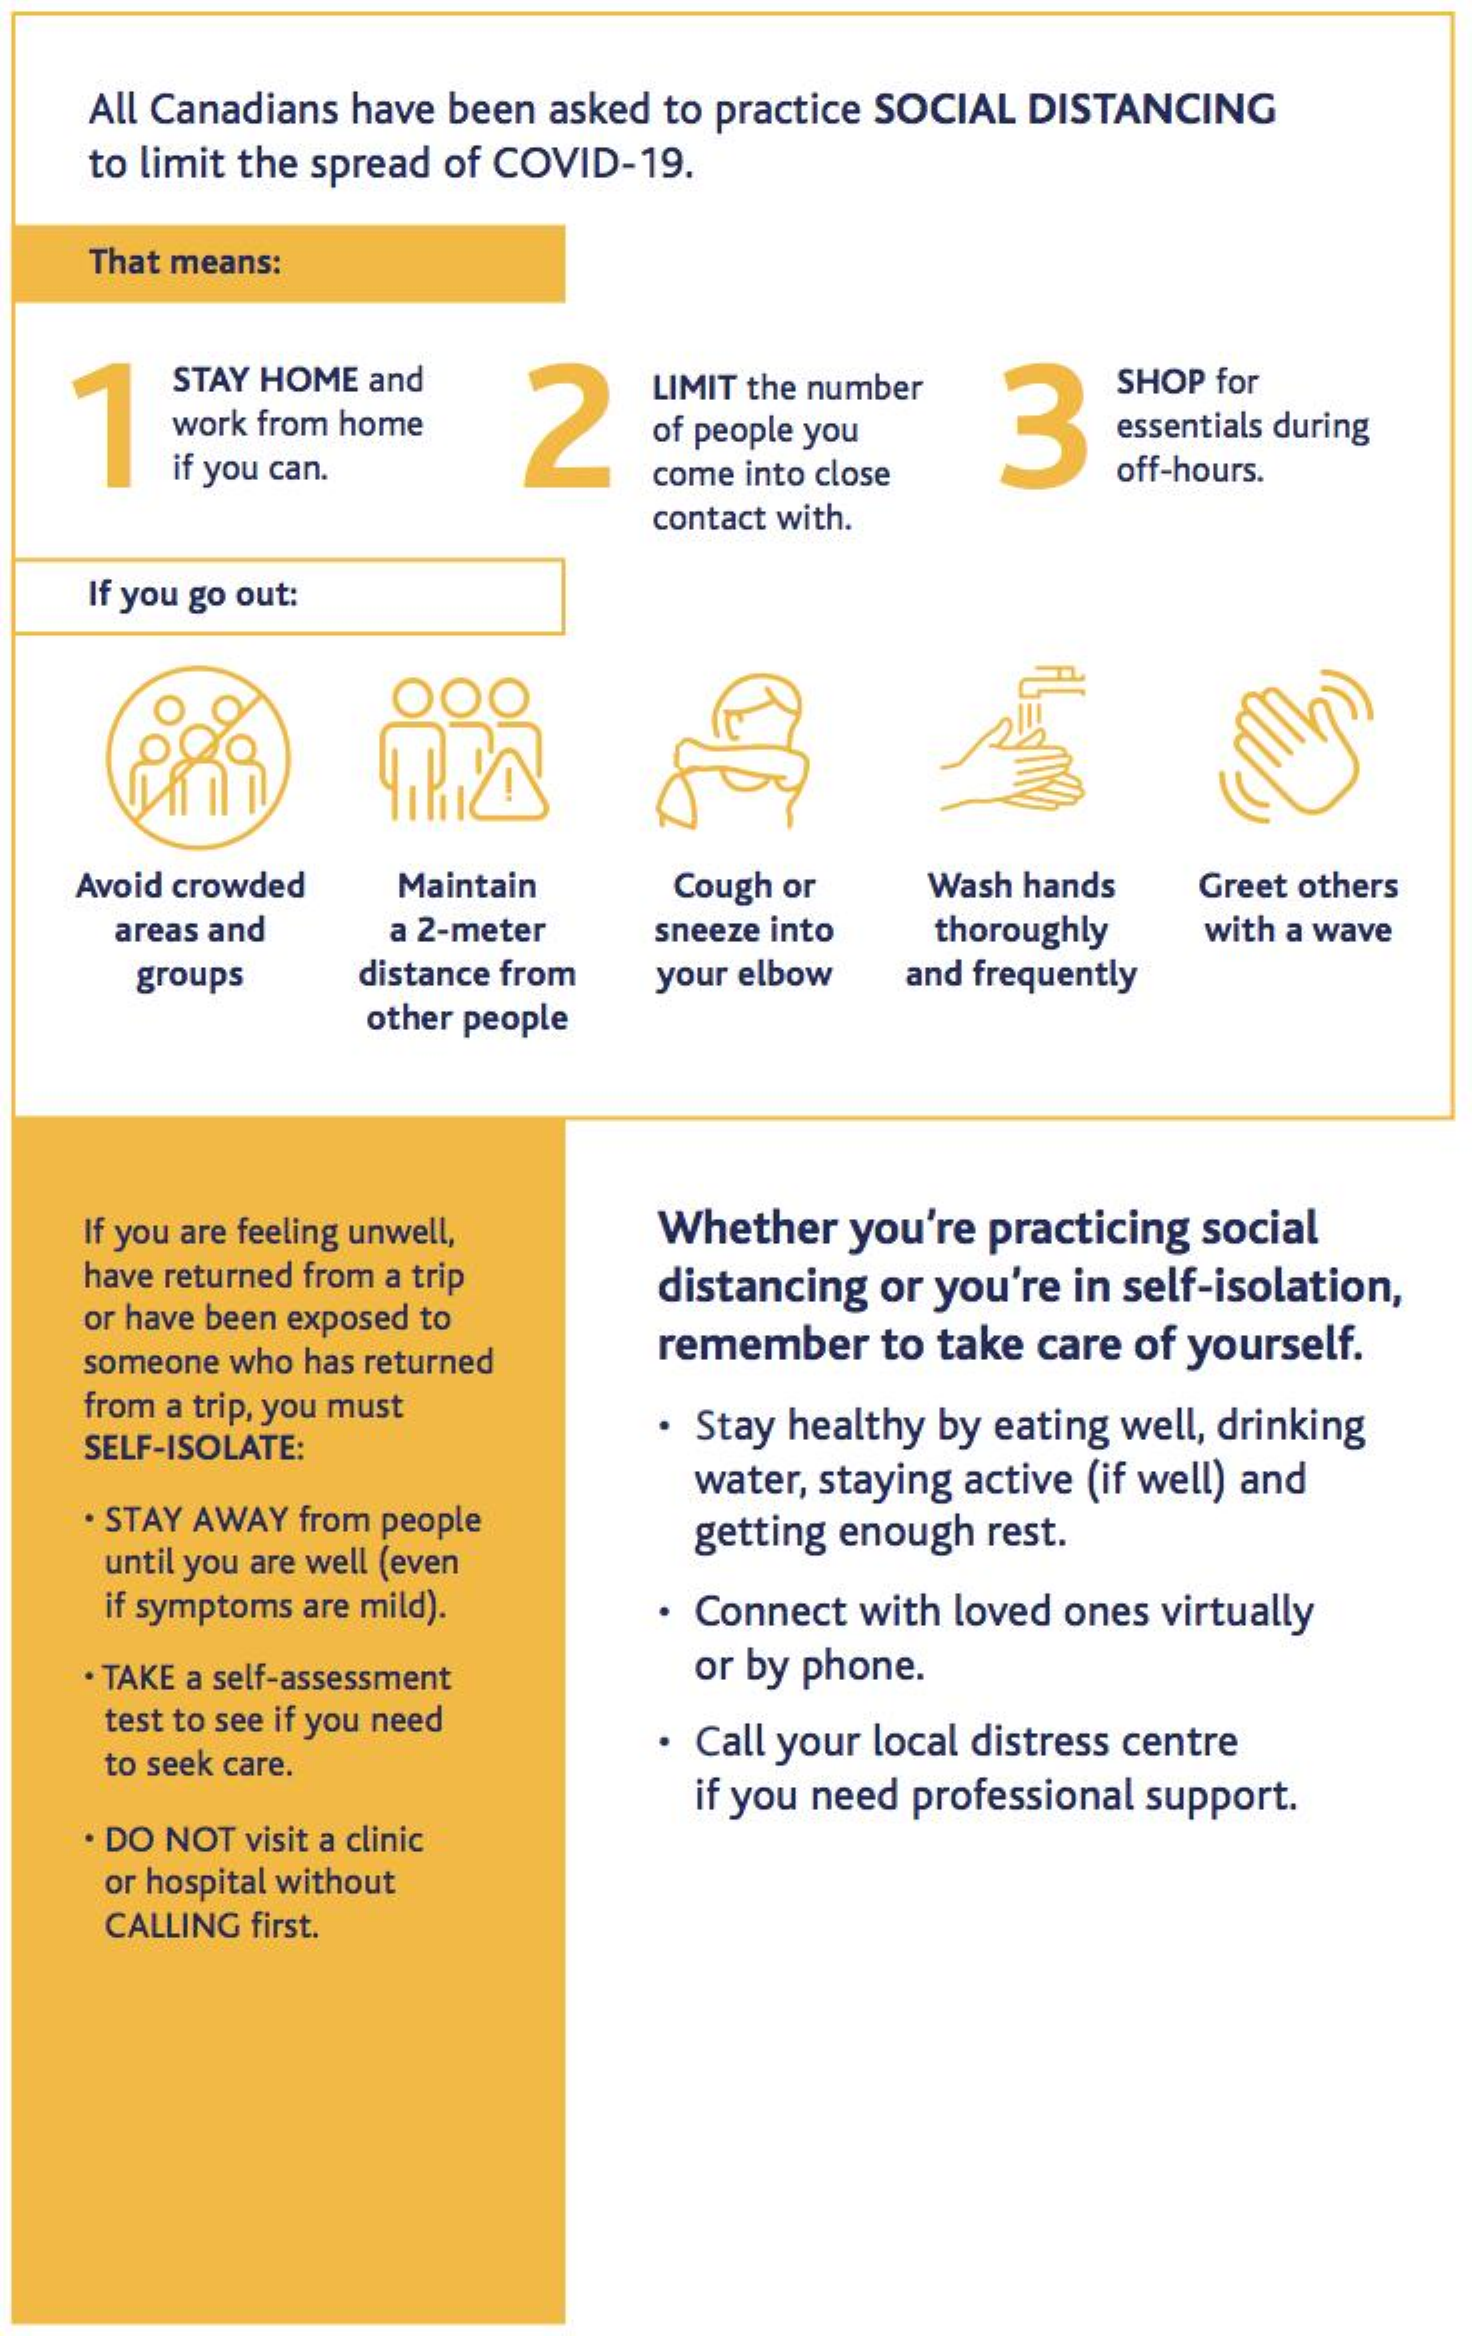
All Canadians have been asked to practice SOCIAL DISTANCING
    to limit the spread of COVID-19.
    That means:
   7
     STAY HOME and
     2
     LIMIT the number
     3
     SHOP for
     work from home    of people you    essentials during
     if you can.    come into close    off-hours.
     contact with.
    If you go out:
     OOO
   Avoid crowded Maintain   Cough or   Wash hands Greet others
     areas and  a 2-meter  sneeze into thoroughly with a wave
     groups   distance from your elbow and frequently
     other people
    If you are feeling unwell, Whether you're practicing social
    have returned from a trip
    or have been exposed to
     distancing or you're in self-isolation,
    someone who has returned remember to take care of yourself.
    from a trip, you must
    SELF-ISOLATE:
     . Stay healthy by eating well, drinking
     water, staying active (if well) and
    · STAY AWAY from people
     until you are well (even
     getting enough rest.
     if symptoms are mild). . Connect with loved ones virtually
    · TAKE a self-assessment or by phone.
     test to see if you need
     to seek care.
     · Call your local distress centre
     if you need professional support.
    · DO NOT visit a clinic
     or hospital without
     CALLING first.